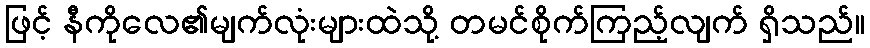
ဖြင့် နီကိုလေ၏မျက်လုံးများထဲသို့ တမင်စိုက်ကြည့်လျက် ရှိသည်။